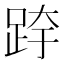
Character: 𰸉